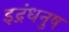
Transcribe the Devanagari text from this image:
इद्रंधनुष